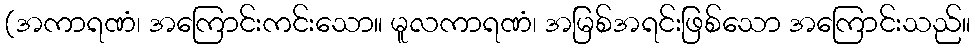
(အကာရဏံ၊ အကြောင်းကင်းသော။ မူလကာရဏံ၊ အမြစ်အရင်းဖြစ်သော အကြောင်းသည်။